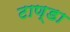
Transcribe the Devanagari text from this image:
टाण्‍डा